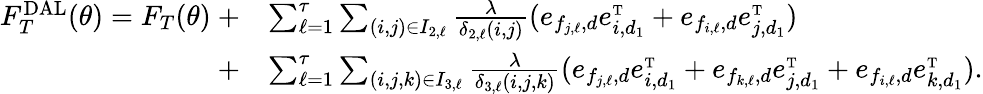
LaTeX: \begin{array}{rl}{F_{T}^{\mathrm{DAL}}(\theta)=F_{T}(\theta)\ +}&{\sum_{\ell=1}^{\tau}\sum_{(i,j)\in I_{2,\ell}}\frac{\lambda}{\delta_{2,\ell}(i,j)}(e_{f_{j,\ell},d}e_{i,d_{1}}^{\mathrm{\scriptscriptstyle T}}+e_{f_{i,\ell},d}e_{j,d_{1}}^{\mathrm{\scriptscriptstyle T}})}\\ {+}&{\sum_{\ell=1}^{\tau}\sum_{(i,j,k)\in I_{3,\ell}}\frac{\lambda}{\delta_{3,\ell}(i,j,k)}(e_{f_{j,\ell},d}e_{i,d_{1}}^{\mathrm{\scriptscriptstyle T}}+e_{f_{k,\ell},d}e_{j,d_{1}}^{\mathrm{\scriptscriptstyle T}}+e_{f_{i,\ell},d}e_{k,d_{1}}^{\mathrm{\scriptscriptstyle T}}).}\end{array}